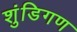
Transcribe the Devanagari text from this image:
शुंडिगण